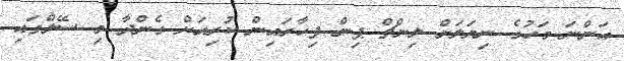
އަންނަ މަހުގެ ނިޔަލަށް ލިންޗް ޕިން ފިހާރައިން ކުރިއަށް ގެންދާ މި ސޭލްގައި